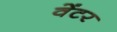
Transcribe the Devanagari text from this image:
वेंटर